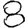
Digit: 8